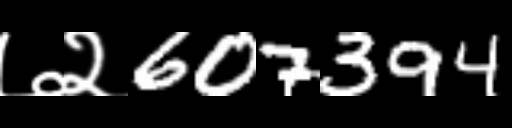
Text: ७२607394